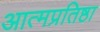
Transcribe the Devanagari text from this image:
आत्मप्रतिष्ठा